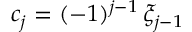
c _ { j } = ( - 1 ) ^ { j - 1 } \, \xi _ { j - 1 }